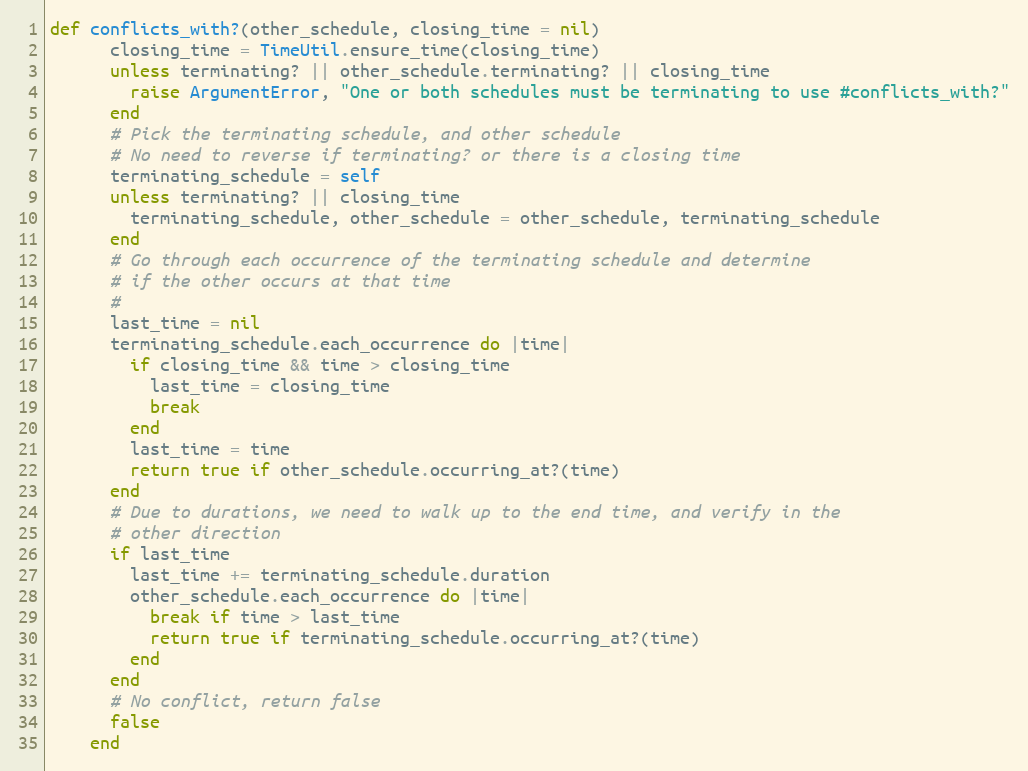
Language: Ruby
def conflicts_with?(other_schedule, closing_time = nil)
      closing_time = TimeUtil.ensure_time(closing_time)
      unless terminating? || other_schedule.terminating? || closing_time
        raise ArgumentError, "One or both schedules must be terminating to use #conflicts_with?"
      end
      # Pick the terminating schedule, and other schedule
      # No need to reverse if terminating? or there is a closing time
      terminating_schedule = self
      unless terminating? || closing_time
        terminating_schedule, other_schedule = other_schedule, terminating_schedule
      end
      # Go through each occurrence of the terminating schedule and determine
      # if the other occurs at that time
      #
      last_time = nil
      terminating_schedule.each_occurrence do |time|
        if closing_time && time > closing_time
          last_time = closing_time
          break
        end
        last_time = time
        return true if other_schedule.occurring_at?(time)
      end
      # Due to durations, we need to walk up to the end time, and verify in the
      # other direction
      if last_time
        last_time += terminating_schedule.duration
        other_schedule.each_occurrence do |time|
          break if time > last_time
          return true if terminating_schedule.occurring_at?(time)
        end
      end
      # No conflict, return false
      false
    end